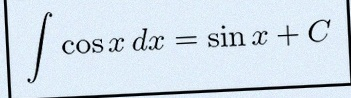
\int \cos x\,dx=\sin x+C